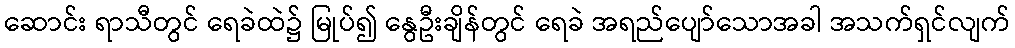
ဆောင်း ရာသီတွင် ရေခဲထဲ၌ မြုပ်၍ နွေဦးချိန်တွင် ရေခဲ အရည်ပျော်သောအခါ အသက်ရှင်လျက်